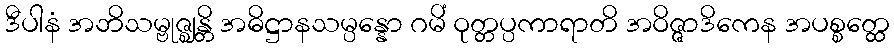
ဒီပါနံ အဘိသမ္ဗုဇ္ဈန္တိ အဓိဋ္ဌာနသမ္ပန္နော ဂမိံ ဝုတ္တပ္ပကာရာတိ အဝိဇ္ဇာဒိကေန အပစ္စတ္ထေ